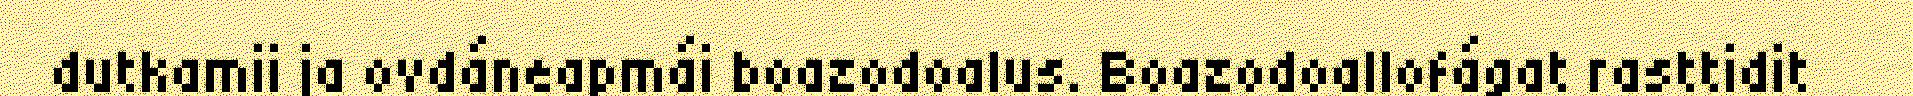
dutkamii ja ovdáneapmái boazodoalus. Boazodoallofágat rasttidit